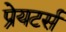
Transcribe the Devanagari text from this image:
प्रेयटर्स